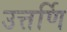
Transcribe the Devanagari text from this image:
उत्तर्णि